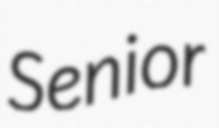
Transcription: Senior